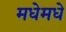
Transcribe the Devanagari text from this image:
मधेमधे